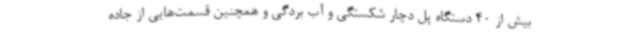
بیش از 40 دستگاه پل دچار شکستگی و آب بردگی و همچنین قسمت‌هایی از جاده